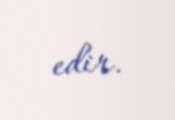
edir.